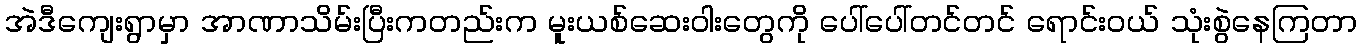
အဲဒီကျေးရွာမှာ အာဏာသိမ်းပြီးကတည်းက မူးယစ်ဆေးဝါးတွေကို ပေါ်ပေါ်တင်တင် ရောင်းဝယ် သုံးစွဲနေကြတာ